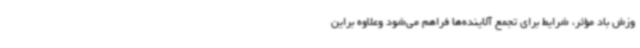
وزش باد مؤثر، شرایط برای تجمع آلاینده‌ها فراهم می‌شود وعلاوه‌ براین